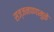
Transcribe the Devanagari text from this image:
सज्जनपणामुळे